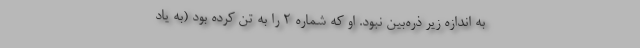
به اندازه زیر ذره‌بین نبود. او که شماره 2 را به تن کرده بود (به یاد